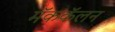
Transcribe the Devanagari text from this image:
मॅककॅलन